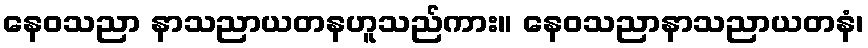
နေဝသညာ နာသညာယတနဟူသည်ကား။ နေဝသညာနာသညာယတနံ၊